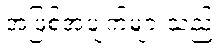
အဖြစ်အပျက်များသည်